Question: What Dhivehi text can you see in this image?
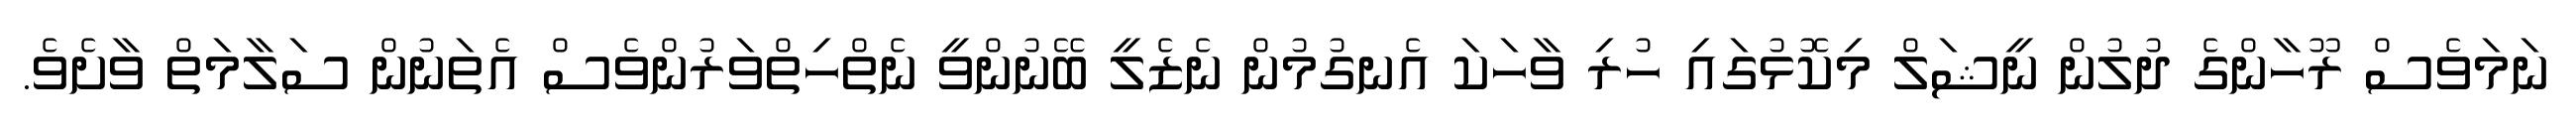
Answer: ނަމަވެސް ރޫހާންގެ ދުލުން ނީޝަލް މިކޮޅުގައި ހުރި ވާހަކަ އެނގުމުން ނެޒެލީ ބޭނުންވީ ނެތްހިތްވަރުންވެސް އެތަނުން ސަލާމަތް ވާށެވެ.